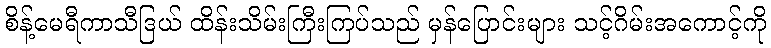
စိန့်မေရီကာသီဒြယ် ထိန်းသိမ်းကြီးကြပ်သည် မှန်ပြောင်းများ သင့်ဂိမ်းအကောင့်ကို